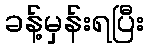
ခန့်မှန်းရပြီး